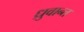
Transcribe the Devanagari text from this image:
ध्रुवान्त